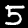
Digit: 5